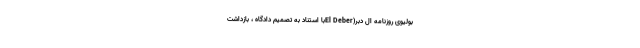
بولیوی روزنامه ال دبر(El Deberبا استناد به تصمیم دادگاه ، بازداشت